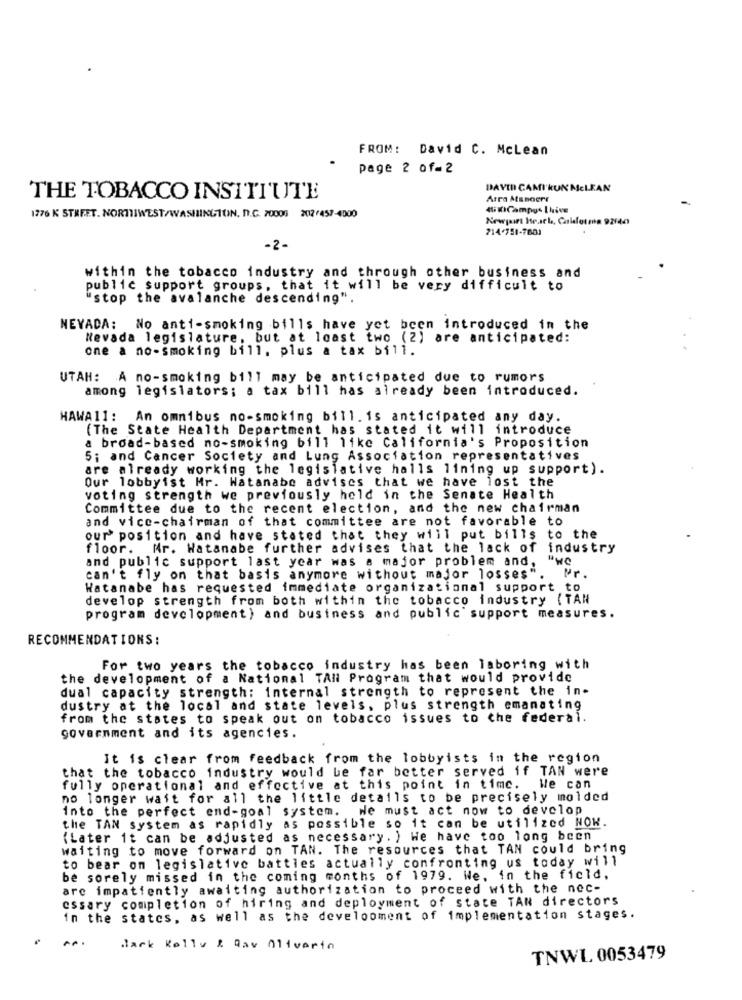
FROM: David C. Mclean
page 2 of= 2
DAVID CAMI'KUN MCLEAN
THE TOBACCO INSTITUTE
Arra Atsnaere
4KCampus Ilive
1276 K STREET. NORTHWEST/WASHINGTON, D.C. 70000 X12/457-4000
Newport Beach, Carlaforme 92140
714-751-7601
-2-
within the tobacco industry and through other business and
public support groups, that it will be very difficult to
"stop the avalanche descending".
NEVADA: No anti-smoking bills have yet been introduced in the
Nevada legislature, but at least two (2) are anticipated:
one a no-smoking bill, plus a tax bill.
UTAH: A no-smoking bill may be anticipated due to rumors
among legislators; a tax bill has already been introduced.
HAWA11: An omnibus no-smoking bill.is anticipated any day.
(The State Health Department has stated it will introduce
a broad-based no-smoking bill like California's Proposition
5; and Cancer Society and Lung Association representatives
are already working the legislative halls lining up support).
Our lobbyist Mr. Watanabe advises that we have lost the
voting strength we previously held in the Senate Health
Committee due to the recent election, and the new chairman
and vice-chairman of that committee are not favorable to
our position and have stated that they will put bills to the
floor. Mr. Watanabe further advises that the lack of industry
and public support last year was a major problem and,
can't fly on that basis anymore without major losses".
Mr.
Watanabe has requested immediate organizational support to
develop strength from both within the tobacco industry ( TAN
program development) and business and public support measures.
RECOMMENDATIONS:
For two years the tobacco industry has been laboring with
the development of a National TAll Program that would provide
dual capacity strength; internal strength to represent the in-
dustry at the local and state levels, plus strength emanating
from the states to speak out on tobacco issues to the federal.
government and its agencies.
It is clear from feedback from the lobbyists in the region
that the tobacco industry would be far better served if TAN were
fully operational and effective at this point in time. We can
no longer wait for all the little details to be precisely molded
into the perfect end-goal system. We must act now to develop
the TAN system as rapidly as possible so it can be utilized NON.
(Later it can be adjusted as necessary. ) We have too long been
waiting to move forward on TAN. The resources that TAN could bring
to bear on legislative battles actually confronting us today will
be sorely missed in the coming months of 1979. We, in the field,
arc impatiently awaiting authorization to proceed with the nec-
essary completion of hiring and deployment of state TAN directors
in the states, as well as the development of implementation stages.
...
Back Kelly & Qav Oliverin
TNWL 0053479